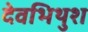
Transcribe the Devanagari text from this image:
देवभिथुश